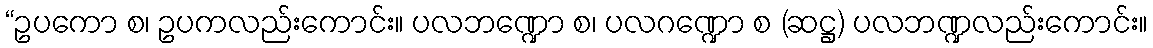
“ဥပကော စ၊ ဥပကလည်းကောင်း။ ပလဘဏ္ဍော စ၊ ပလဂဏ္ဍော စ (ဆဋ္ဌ) ပလဘဏ္ဍလည်းကောင်း။